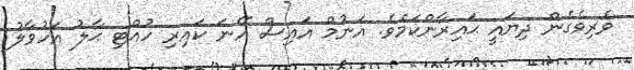
ވެރިވެގެން ދިޔައީ ޙައިރާންކަމެވެ. އަނުމް އައިސް އޭނަ ކައިރި ހުއްޓި ޙާލު އަހުވާލު